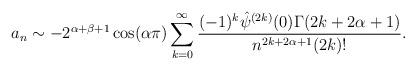
LaTeX: \begin{align*}a_n &\sim - 2^{\alpha+\beta+1} \cos(\alpha\pi) \sum_{k =0}^{\infty} \frac{ (-1)^k \hat{\psi}^{(2k)}(0) \Gamma(2k+2\alpha+1)}{n^{2k+2\alpha+1} (2k)!}.\end{align*}